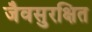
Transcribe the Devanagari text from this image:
जैवसुरक्षित